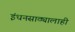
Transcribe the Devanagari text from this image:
इंधनसाठ्यालाही